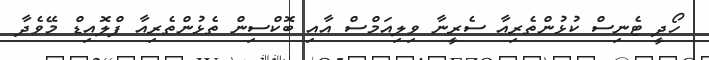
ހޯދީ ޓެނިސް ކުޅުންތެރިއާ ސެރީނާ ވިލިއަމްސް އާއި ބޮކްސިން ތެޅުންތެރިއާ ފްލޮއިޑް މޭވެދާ